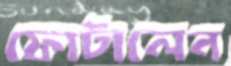
ফোটালেন